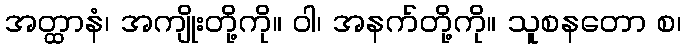
အတ္ထာနံ၊ အကျိုးတို့ကို။ ဝါ၊ အနက်တို့ကို။ သူစနတော စ၊